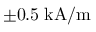
\pm 0 . 5 \; \mathrm { k A } / \mathrm { m }